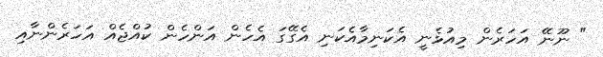
" ނޫނޭ އަހަރެން މިއުޅެނީ އެކަނިމާއެކަނި އެގޭގަ އެހެން އަންހެން ކުއްޖެއް އަހަރެންނާއި